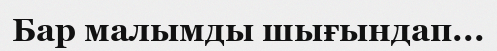
Бар малымды шығындап...